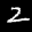
Label: 2